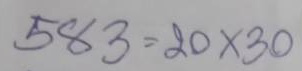
583 = 20 x 30